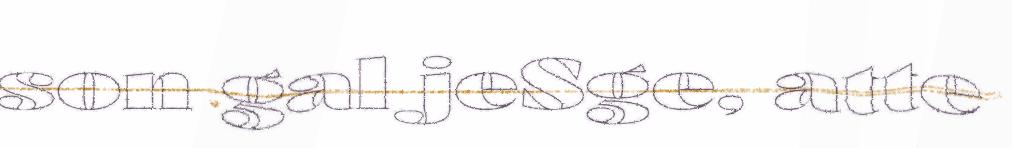
son gal jeSge, atte